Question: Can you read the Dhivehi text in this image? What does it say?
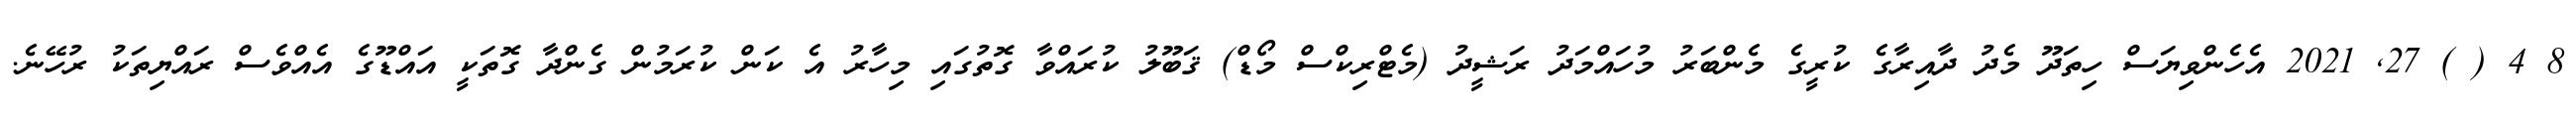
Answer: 8 4 ( ) 27, 2021 އެހެންވިޔަސް ހިތަދޫ މެދު ދާއިރާގެ ކުރީގެ މެންބަރު މުހައްމަދު ރަޝީދު (މެޓްރިކްސް މޯޑް) ޤަބޫލު ކުރައްވާ ގޮތުގައި މިހާރު އެ ކަން ކުރަމުން ގެންދާ ގޮތަކީ އައްޑޫގެ އެއްވެސް ރައްޔިތަކު ރުހޭނެ.